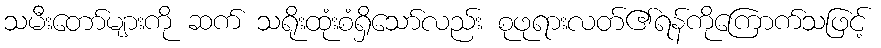
သမီးတော်များကို ဆက် သရိုးထုံးစံရှိသော်လည်း စုဖုရားလတ်၏ရန်ကိုကြောက်သဖြင့်